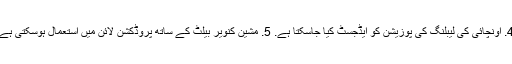
4. اونچائی کی لیبلنگ کی پوزیشن کو ایڈجسٹ کیا جاسکتا ہے. 5. مشین کنویر بیلٹ کے ساتھ پروڈکشن لائن میں استعمال ہوسکتی ہے۔